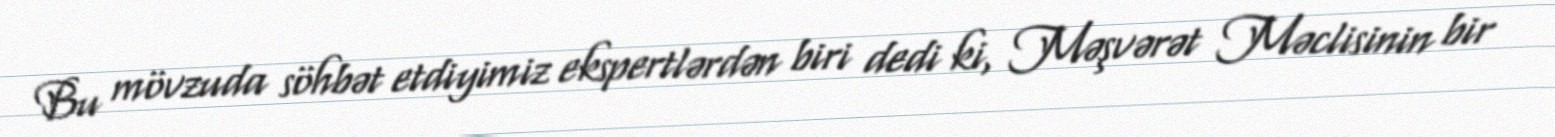
Bu mövzuda söhbət etdiyimiz ekspertlərdən biri dedi ki, Məşvərət Məclisinin bir